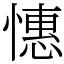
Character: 憓